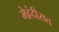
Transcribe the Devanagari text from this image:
मेहंदीरात